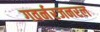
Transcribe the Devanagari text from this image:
गवर्नरजनरल